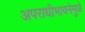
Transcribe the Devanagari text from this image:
अपराधीभावनेमुळे